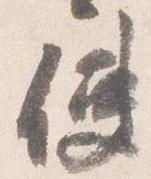
使